Plague in India, 1896, 1897 - Volume 1
Year: 1896
Disease focus: Plague
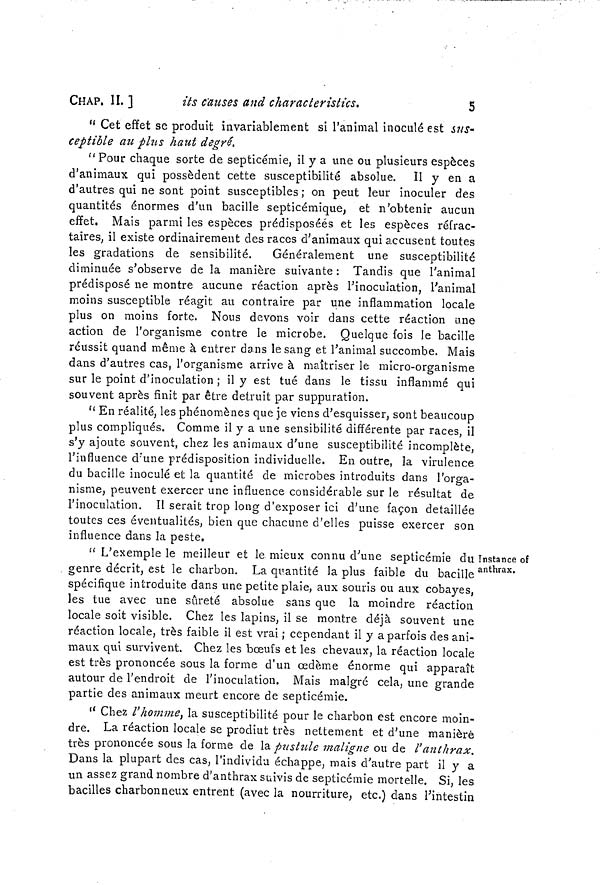
CHAP. 11.]
its causes and characteristics.
5
" Cet effet se produit invariablement si l'animal inoculé est sus-
ceptible au plus haut degré.
"Pour chaque sorte de septicémie, il y a une ou plusieurs espèces
d'animaux qui possèdent cette susceptibilité absolue. Il y en a
d'autres qui ne sont point susceptibles ; on peut leur inoculer des
quantités énormes d'un bacille septicémique, et n'obtenir aucun
effet. Mais parmi les espèces prédisposées et les espèces réfrac-
taires, il existe ordinairement des races d'animaux qui accusent toutes
les gradations de sensibilité.
Généralement une susceptibilité
diminuée s'observe de la manière suivante : Tandis que l'animal
prédisposé ne montre aucune réaction après l'inoculation, l'animal
moins susceptible réagit au contraire par une inflammation locale
plus on moins forte. Nous devons voir dans cette réaction une
action de l'organisme contre le microbe. Quelque fois le bacille
réussit quand même à entrer dans le sang et l'animal succombe. Mais
dans d'autres cas, l'organisme arrive à maîtriser le micro-organisme
sur le point d'inoculation ; il y est tué dans le tissu inflammé qui
souvent après finit par être détruit par suppuration.
" En réalité, les phénomènes que je viens d'esquisser, sont beaucoup
plus compliqués. Comme il y a une sensibilité différente par races, il
s'y ajoute souvent, chez les animaux d'une susceptibilité incomplète,
l'influence d'une prédisposition individuelle. En outre, la virulence
du bacille inoculé et la quantité de microbes introduits dans l'orga-
nisme, peuvent exercer une influence considérable sur le résultat de
l'inoculation. Il serait trop long d'exposer ici d'une façon détaillée
toutes ces éventualités, bien que chacune d'elles puisse exercer son
influence dans la peste.
Instance of
anthrax.
" L'exemple le meilleur et le mieux connu d'une septicémie du
genre décrit, est le charbon. La quantité la plus faible du bacille
spécifique introduite dans une petite plaie, aux souris ou aux cobayes,
les tue avec une sûreté absolue sans que la moindre réaction
locale soit visible. Chez les lapins, il se montre déjà souvent une
réaction locale, très faible il est vrai ; cependant il y a parfois des ani-
maux qui survivent. Chez les bœufs et les chevaux, la réaction locale
est très prononcée sous la forme d'un œdème énorme qui apparaît
autour de l'endroit de l'inoculation. Mais malgré cela, une grande
partie des animaux meurt encore de septicémie.
" Chez l'homme, la susceptibilité pour le charbon est encore moin-
dre. La réaction locale se prodiut très nettement et d'une manière
très prononcée sous la forme de la pustule maligne ou de l'anthrax.
Dans la plupart des cas, l'individu échappe, mais d'autre part il y a
un assez grand nombre d'anthrax suivis de septicémie mortelle. Si, les
bacilles charbonneux entrent (avec la nourriture, etc.) dans l'intestin